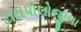
ટાયપોલોજીના